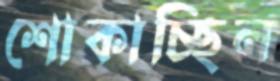
শোকাচ্ছিল